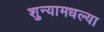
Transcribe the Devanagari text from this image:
शुन्यामधल्या